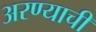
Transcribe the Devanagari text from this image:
अरण्याची